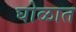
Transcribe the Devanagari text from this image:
घोळात